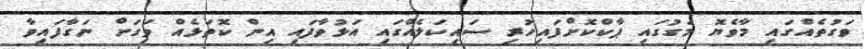
ވަގުތެއްގައި މާވެޔޮ މަގުގައި ޕާކްކޮށްފައިހުރި ސައިކަލެއްގައި އަޅުވާފައި އިން ކޮތަޅެއް ވަގަށް ނަގާފައިވާ